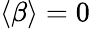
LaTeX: \langle\beta\rangle=0